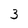
Character: 3